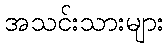
အသင်းသားများ